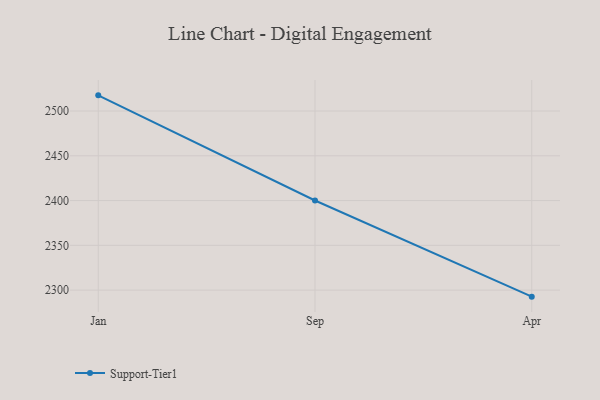
{"axis": {"x": "Month", "y": "LTV (USD)"}, "legend": ["Support-Tier1"], "data": [{"x": "Jan", "y": 2517.5, "type": "Support-Tier1"}, {"x": "Sep", "y": 2400.1, "type": "Support-Tier1"}, {"x": "Apr", "y": 2292.7, "type": "Support-Tier1"}]}